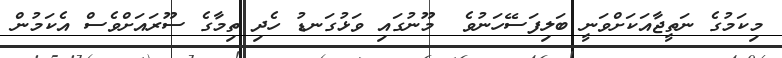
މިކަމުގެ ނަތީޖާއަކަށްވަނީ ބަލިފަސޭހަނުވެ  މޫނުގައި ވަޅުގަނޑު ހެދި ތިމާގެ ސޫރައަށްވެސް އެކަމުން